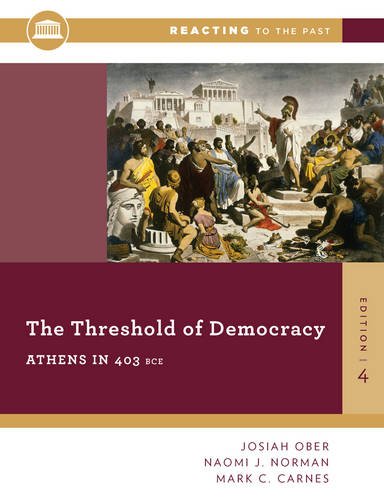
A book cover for The Threshold Of Democracy: Athens in 403 B.C. (Fourth Edition)  (Reacting to the Past); Josiah Ober; History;